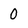
Character: 0